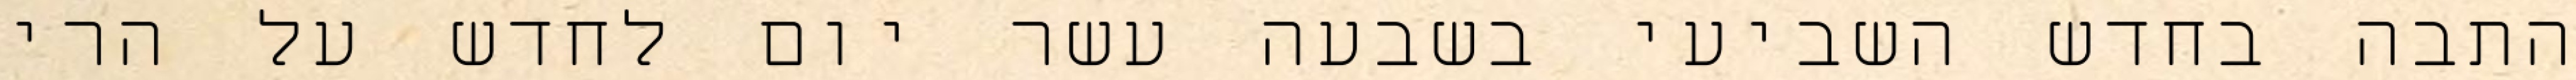
התבה בחדש השביעי בשבעה עשר יום לחדש על הרי